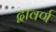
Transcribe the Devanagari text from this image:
द्वावर्ण